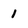
Character: 1